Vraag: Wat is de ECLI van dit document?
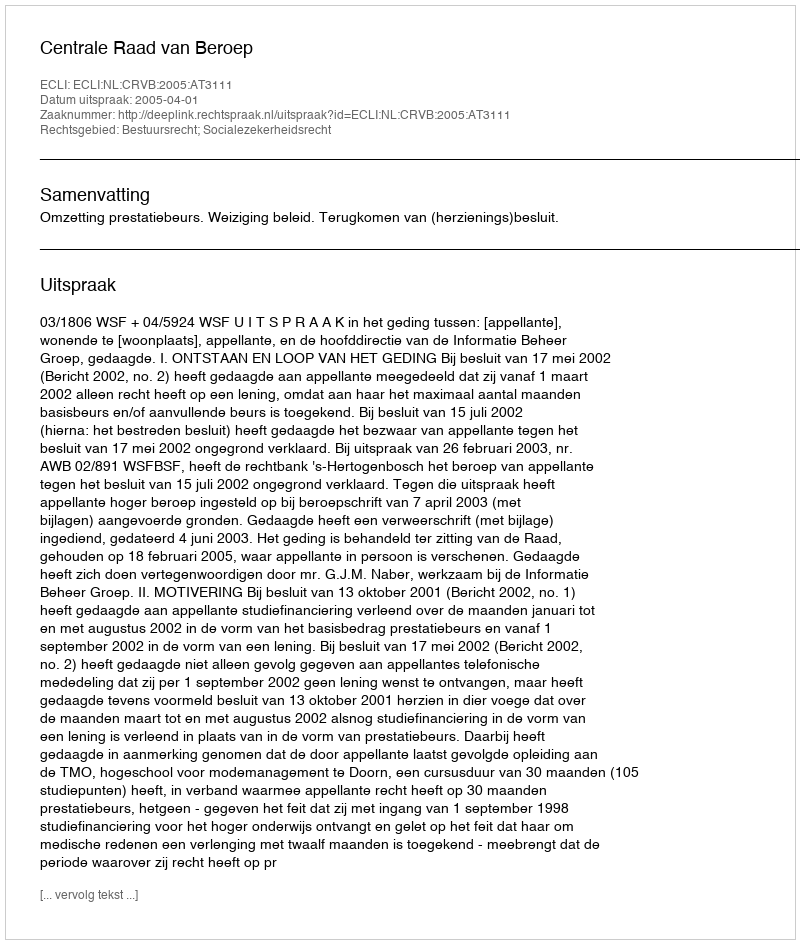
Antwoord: ECLI:NL:CRVB:2005:AT3111